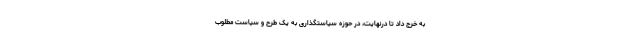
به خرج داد تا درنهایت، در حوزه سیاستگذاری به یک طرح و سیاست مطلوب